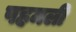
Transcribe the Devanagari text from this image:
पहमली